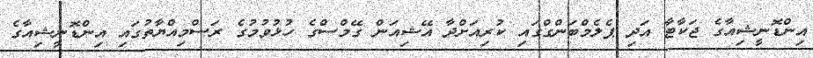
އިންޑޮނީޝިއާގެ ޖަކާޓާ އަދި ޕެލެމްބަންގްގައި ކުރިއަށްދާ އޭޝިއަން ގޭމްސްގެ ހުޅުވުމުގެ ރަސްމިއްޔާތުގައި އިންޑޮނީޝިއާގެ